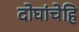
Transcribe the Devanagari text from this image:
दोघांचेहि